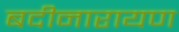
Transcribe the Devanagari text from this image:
बदीनारायण